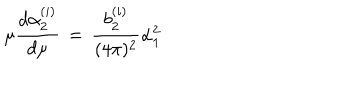
\mu { \frac { d \alpha _ { 2 } ^ { ( i ) } } { d \mu } } \, = \, { \frac { b _ { 2 } ^ { ( i ) } } { ( 4 \pi ) ^ { 2 } } } \alpha _ { 1 } ^ { 2 }